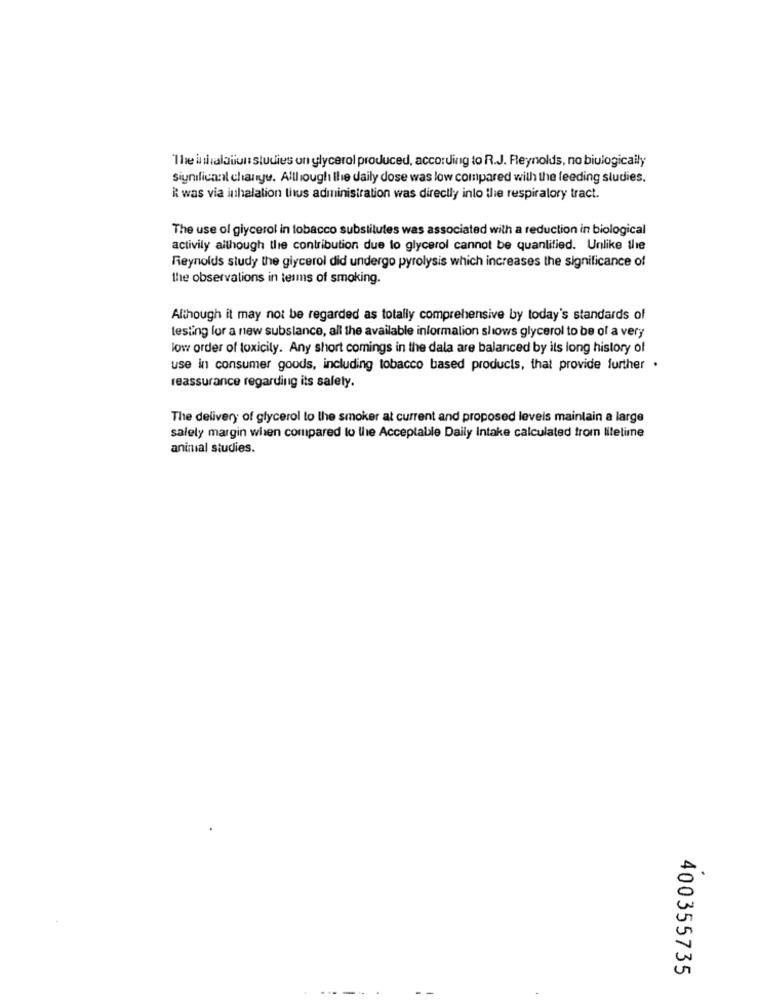
The inhalation studies on glycerol produced, according to R.J. Reynolds, no biulogically
significant change. Although the daily dose was low compared with the feeding studies.
Rt was via inhalation thus administration was directly into the respiratory tract.
The use of glycerol in tobacco substitutes was associated with a reduction in biological
activily although the contribution due to glycerol cannot be quantified. Unlike the
Reynolds study the glycerol did undergo pyrolysis which increases the significance of
the observations in terms of smoking.
Although it may not be regarded as totally comprehensive by today's standards of
testing for a new subslance, all the available informalion shows glycerol to be of a very
low order of toxicity. Any short comings in the dala are balanced by its long history of
use in consumer goods, including tobacco based products, that provide further .
reassurance regarding its salety.
The delivery of glycerol to the smoker at current and proposed levels maintain a large
salely margin when compared to the Acceptable Daily Intake calculated from lifetime
animal studies.
400355735